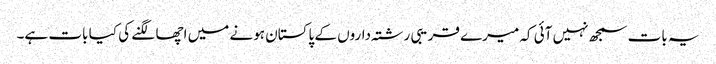
یہ بات سمجھ نہیں آئی کہ میرے قریبی رشتہ‌داروں کے پاکستان ہونے میں اچھا لگنے کی کیا بات ہے۔